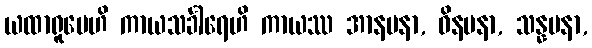
ယထာရူပေဟိ ကာယသင်္ခါရေဟိ ကာယဿ အာနမနာ, ဝိနမနာ, သန္နမနာ,